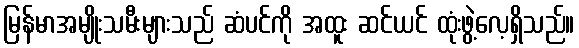
မြန်မာအမျိုးသမီးများသည် ဆံပင်ကို အထူး ဆင်ယင် ထုံးဖွဲ့လေ့ရှိသည်။